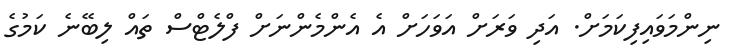
ނިންމަވައިފިކަމަށް. އަދި ވަރަށް އަވަހަށް އެ އެންމެންނަށް ފްލެޓްސް ތައް ލިބޭނެ ކަމުގެ